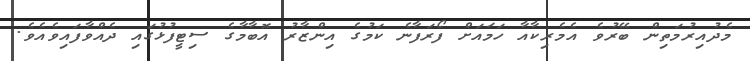
މެދުއިރުމަތިން ބޭރުވެ އެމެރިކާއާ ހަމައަށް ފޯރަފާނެ ކަމުގެ އިންޒާރު އޮބާމާގެ ސިޓީފުޅުގައި ދެއްވާފައިވެއެވެ.